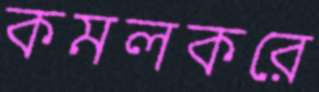
কমলকরে